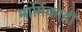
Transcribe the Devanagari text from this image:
मार्गिकाही